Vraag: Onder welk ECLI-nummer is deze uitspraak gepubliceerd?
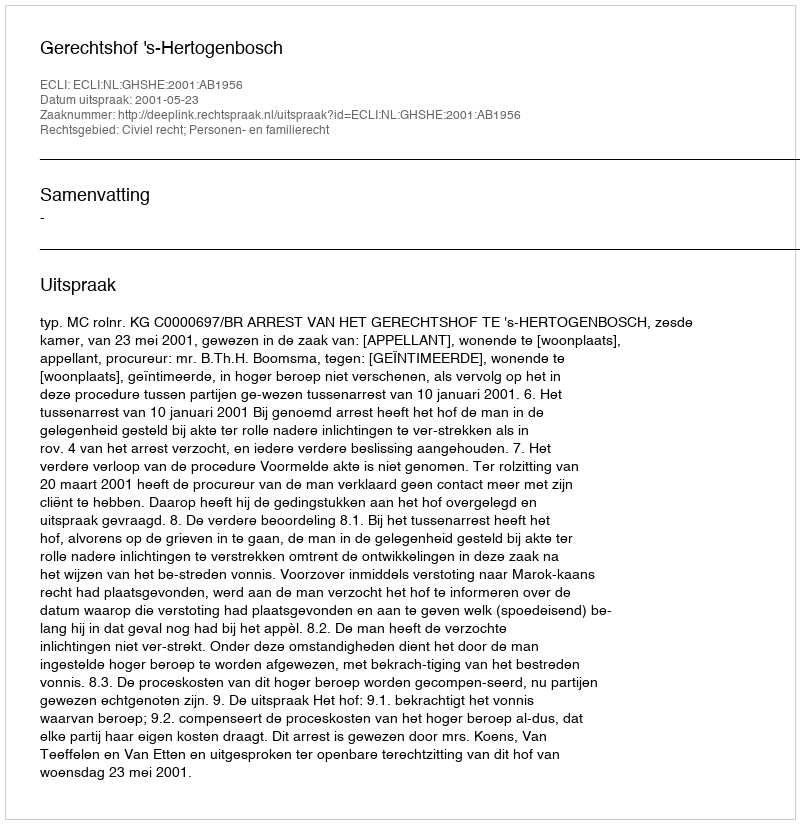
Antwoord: ECLI:NL:GHSHE:2001:AB1956